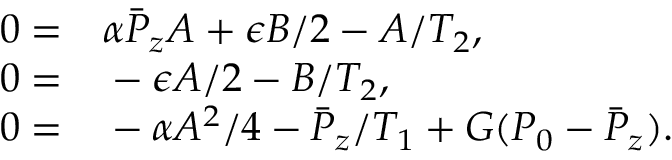
\begin{array} { r l } { 0 = } & { { } \alpha \bar { P } _ { z } A + \epsilon B / 2 - A / T _ { 2 } , } \\ { 0 = } & { { } - \epsilon A / 2 - B / T _ { 2 } , } \\ { 0 = } & { { } - \alpha A ^ { 2 } / 4 - \bar { P } _ { z } / T _ { 1 } + G ( P _ { 0 } - \bar { P } _ { z } ) . } \end{array}